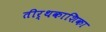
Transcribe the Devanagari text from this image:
तीर्थकाशिका